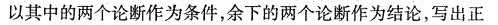
以其中的两个论断作为条件，余下的两个论断作为结论，写出正